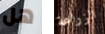
هل الزراعة